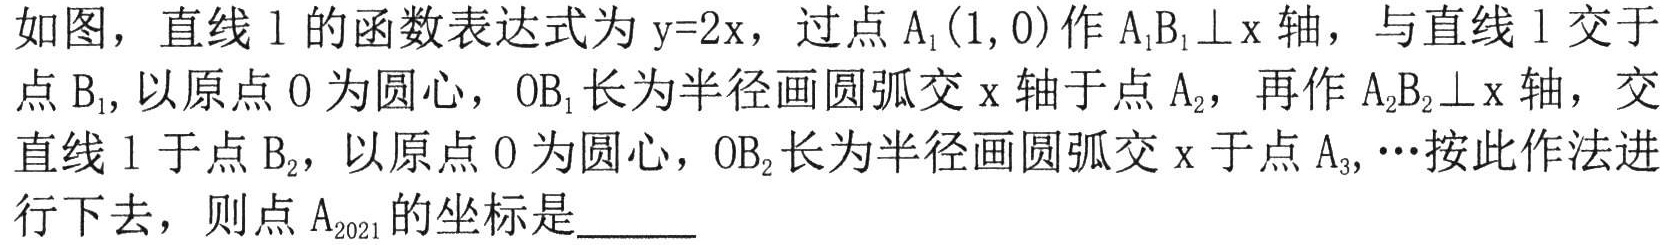
如图，直线\(l\)的函数表达式为\(y = 2x\)，过点\(A_{1}(1,0)\)作\(A_{1}B_{1}\perp x\)轴，与直线\(l\)交于点\(B_{1}\),以原点\(O\)为圆心，\(OB_{1}\)长为半径画圆弧交\(x\)轴于点\(A_{2}\)，再作\(A_{2}B_{2}\perp x\)轴，交直线\(l\)于点\(B_{2}\)，以原点\(O\)为圆心，\(OB_{2}\)长为半径画圆弧交\(x\)于点\(A_{3},\cdots\)按此作法进行下去，则点\(A_{2021}\)的坐标是  。